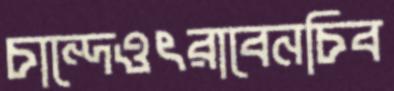
চান্দেওৎরাবেনচিব